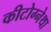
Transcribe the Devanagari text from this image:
कीटोग्नेथा